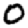
Digit: 0